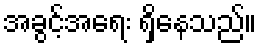
အခွင့်အရေး ရှိနေသည်။